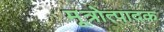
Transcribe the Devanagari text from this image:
मूत्रोत्पादक